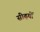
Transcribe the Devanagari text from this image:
सीढ़यों